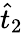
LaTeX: \hat{t}_{2}